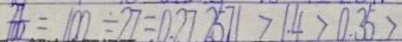
\frac { 7 } { 1 0 0 } = 1 0 0 \div 2 7 = 0 . 2 7 . 2 5 7 1 > 1 . 4 > 0 . 3 5 >